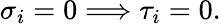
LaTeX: \sigma_{i}=0\Longrightarrow\tau_{i}=0.